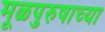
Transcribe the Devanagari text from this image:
मूळपुरुषाच्या